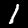
Digit: 1